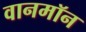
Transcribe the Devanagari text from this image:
वानमॉन